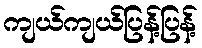
ကျယ်ကျယ်ပြန့်ပြန့်